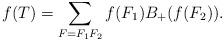
LaTeX: \begin{align*}f(T)= \sum_{F=F_1F_2}f(F_1)B_+(f(F_2)).\end{align*}